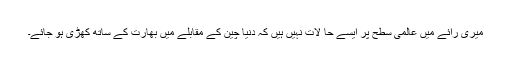
میری رائے میں عالمی سطح پر ایسے حا لات نہیں ہیں کہ دنیا چین کے مقابلے میں بھارت کے ساتھ کھڑی ہو جائے۔